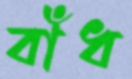
বাঁধ